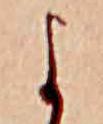
よ